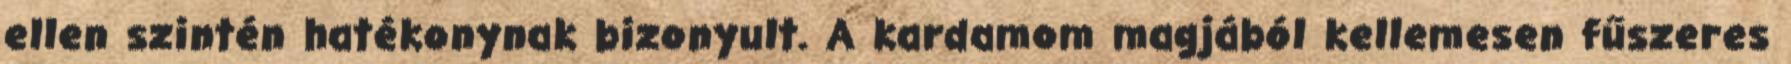
ellen szintén hatékonynak bizonyult. A kardamom magjából kellemesen fűszeres